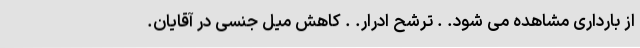
از بارداری مشاهده می شود. . ترشح ادرار. . کاهش میل جنسی در آقایان.